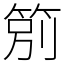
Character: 䇷